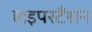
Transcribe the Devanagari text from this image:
हाइपरटैंशन